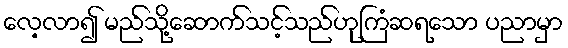
လေ့လာ၍ မည်သို့ဆောက်သင့်သည်ဟုကြံဆရသော ပညာမှာ